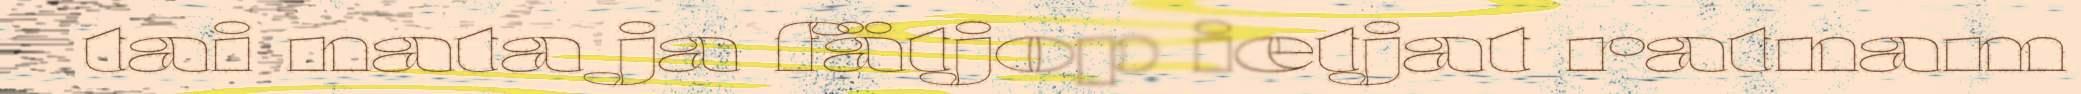
tai nata ja fätjop ietjat ratnam